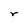
Character: r